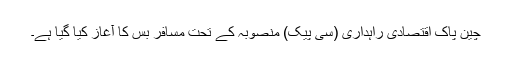
چین پاک اقتصادی راہداری (سی پیک) منصوبہ کے تحت مسافر بس کا آغاز کیا گیا ہے۔